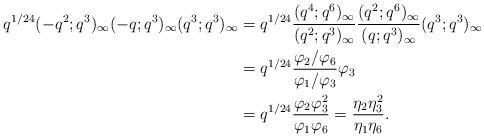
LaTeX: \begin{align*} q^{1/24}(-q^2;q^3)_\infty(-q;q^3)_\infty(q^3;q^3)_\infty &= q^{1/24}\frac{(q^4;q^6)_\infty}{(q^2;q^3)_\infty}\frac{(q^2;q^6)_\infty}{(q;q^3)_\infty}(q^3;q^3)_\infty\\ &= q^{1/24}\frac{\varphi_2/\varphi_6}{\varphi_1/\varphi_3}\varphi_3\\ &= q^{1/24}\frac{\varphi_2\varphi_3^2}{\varphi_1\varphi_6} = \frac{\eta_2\eta_3^2}{\eta_1\eta_6}.\end{align*}